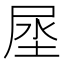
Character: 𰍻